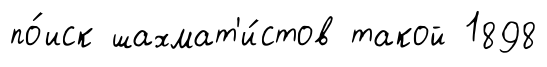
по́иск шахмат'и́стов такой 1898